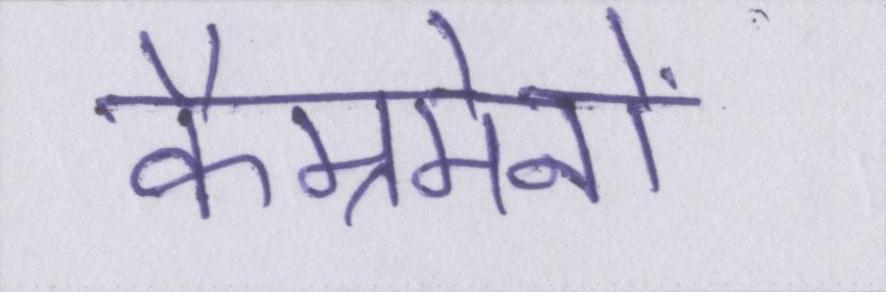
कैम्रमेनों